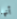
أنها